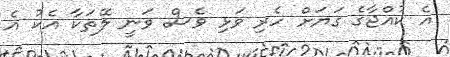
އެ ކުއްޖާގެ ގަޔަށް ހެރި ވަޅި ވެސް ވަނީ ލޭތަކާ އެކު އެ